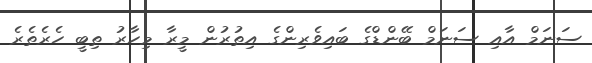
ސަނަމް އާއި ސަނަމް ބޭންޑްގެ ބައިވެރިންގެ އިތުރުން މީރާ މިހާރު ތިބީ ހެރެތެރެ